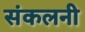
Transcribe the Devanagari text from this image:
संकलनी